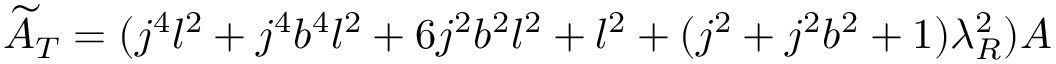
\widetilde { A } _ { T } = ( j ^ { 4 } l ^ { 2 } + j ^ { 4 } b ^ { 4 } l ^ { 2 } + 6 j ^ { 2 } b ^ { 2 } l ^ { 2 } + l ^ { 2 } + ( j ^ { 2 } + j ^ { 2 } b ^ { 2 } + 1 ) \lambda _ { R } ^ { 2 } ) A